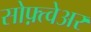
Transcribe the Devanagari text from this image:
सोफ़्त्वेअर